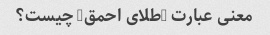
معنی عبارت "طلای احمق" چیست؟